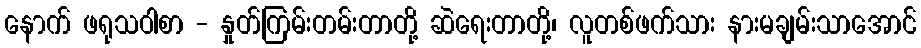
နောက် ဖရုသဝါစာ - နှုတ်ကြမ်းတမ်းတာတို့ ဆဲရေးတာတို့၊ လူတစ်ဖက်သား နားမချမ်းသာအောင်